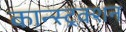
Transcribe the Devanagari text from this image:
कान्स्ट्रक्शन